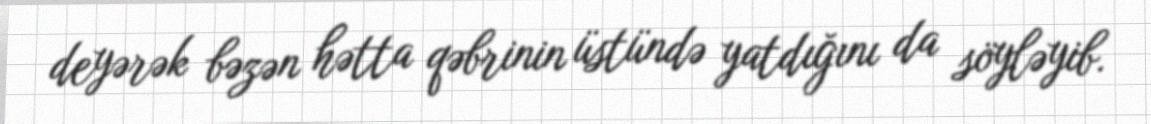
deyərək bəzən hətta qəbrinin üstündə yatdığını da söyləyib.